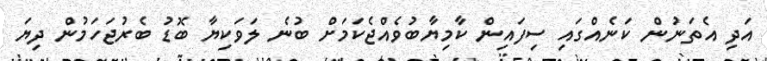
އަދި އެތަނުން ކަނެއްގައި ސިފައިން ކާމިޔާބުވެއްޖެކަމަށް ބުނެ ލަވަކިޔާ ބޮޑު ބެރުޖަހަމުން ދިޔަ